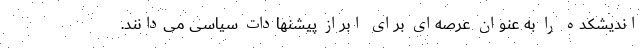
اندیشکده را به عنوان عرصه‌ای برای ابراز پیشنهادات سیاسی می‌دانند.